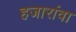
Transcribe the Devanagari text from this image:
हजारांवा